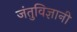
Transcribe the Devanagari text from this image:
जंतुविज्ञानी